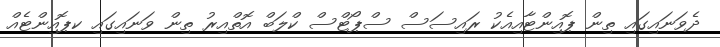
ދެވަނައިގައި ތިން ޕޮއިންޓާއިއެކު ރައިސަސް ސްޕޯޓްސް ކްލަބް އޮތްއިރު ތިން ވަނައިގައި ކޕޮއިންޓެއް